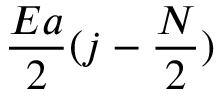
\frac { E a } { 2 } ( j - \frac { N } { 2 } )